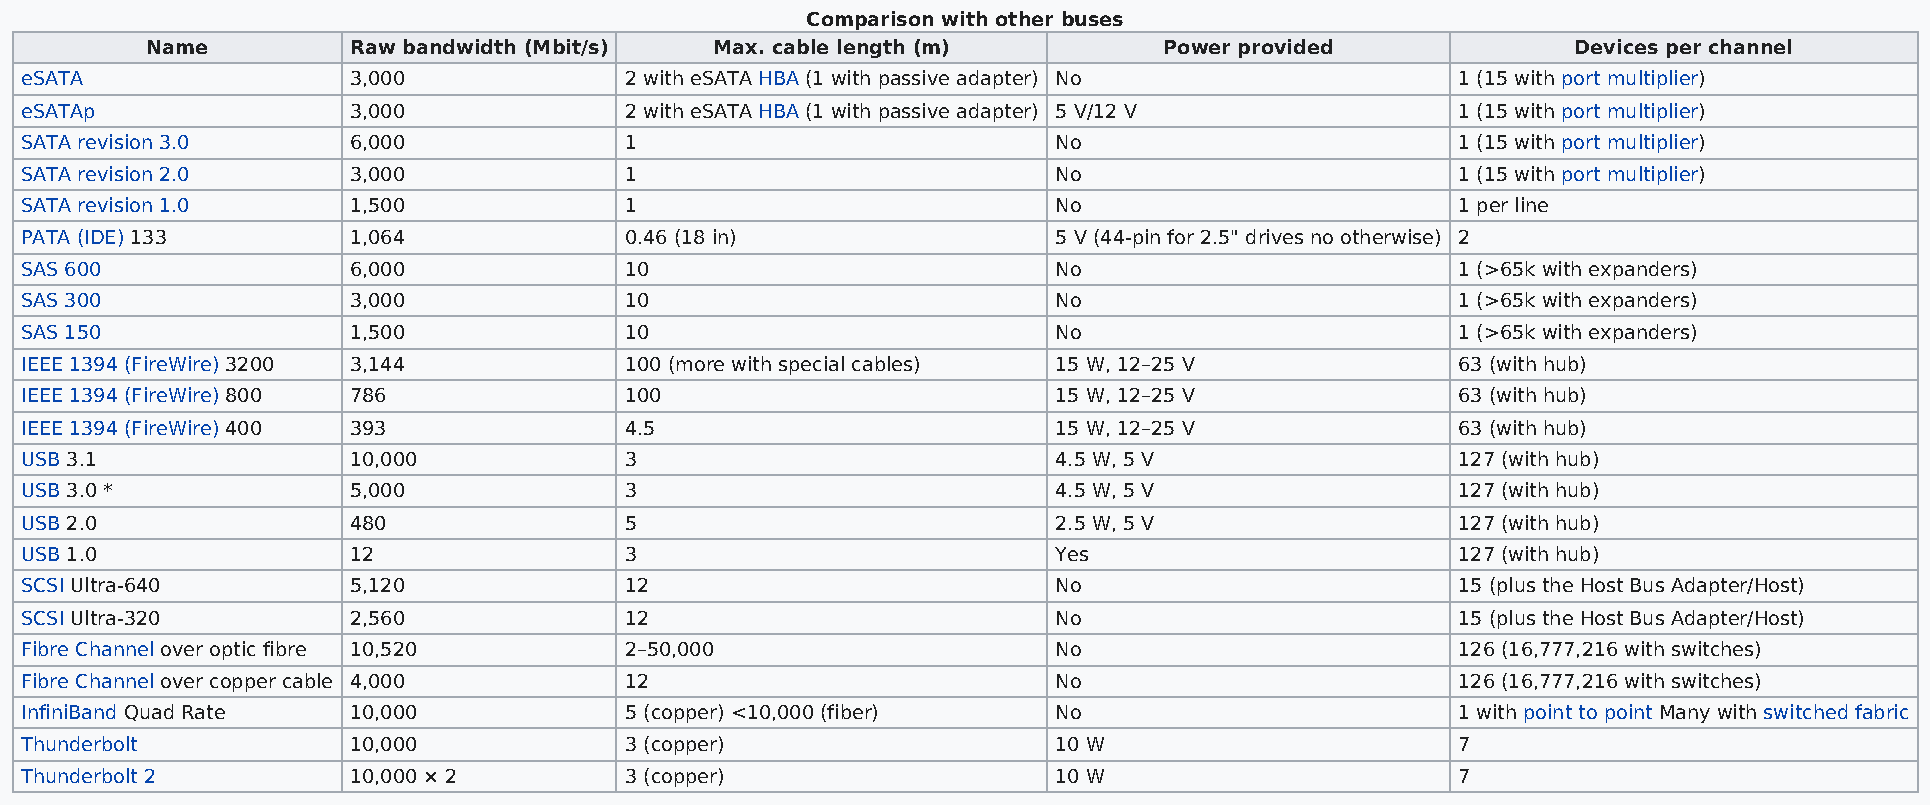
Comparison with other buses
 Name         Raw bandwidth (Mbit/s)  Max. cable length (m)         Power provided             Devices per channel
 eSATA                 3,000             2 with eSATA HBA (1 with passive adapter) No           1 (15 with port multiplier)
 eSATAp                3,000             2 with eSATA HBA (1 with passive adapter) 5 V/12 V     1 (15 with port multiplier)
 SATA revision 3.0     6,000             1                            No                        1 (15 with port multiplier)
 SATA revision 2.0     3,000             1                            No                        1 (15 with port multiplier)
 SATA revision 1.0     1,500             1                            No                        1 per line
 PATA (IDE) 133        1,064             0.46 (18 in)                 5 V (44-pin for 2.5" drives no otherwise) 2
 SAS 600               6,000             10                           No                        1 (>65k with expanders)
 SAS 300               3,000             10                           No                        1 (>65k with expanders)
 SAS 150               1,500             10                           No                        1 (>65k with expanders)
 IEEE 1394 (FireWire) 3200 3,144         100 (more with special cables) 15 W, 12–25 V           63 (with hub)
 IEEE 1394 (FireWire) 800 786            100                          15 W, 12–25 V             63 (with hub)
 IEEE 1394 (FireWire) 400 393            4.5                          15 W, 12–25 V             63 (with hub)
 USB 3.1               10,000            3                            4.5 W, 5 V                127 (with hub)
 USB 3.0 *             5,000             3                            4.5 W, 5 V                127 (with hub)
 USB 2.0               480               5                            2.5 W, 5 V                127 (with hub)
 USB 1.0               12                3                            Yes                       127 (with hub)
 SCSI Ultra-640        5,120             12                           No                        15 (plus the Host Bus Adapter/Host)
 SCSI Ultra-320        2,560             12                           No                        15 (plus the Host Bus Adapter/Host)
 Fibre Channel over optic fibre 10,520   2–50,000                     No                        126 (16,777,216 with switches)
 Fibre Channel over copper cable 4,000   12                           No                        126 (16,777,216 with switches)
 InfiniBand Quad Rate  10,000            5 (copper) <10,000 (fiber)   No                        1 with point to point Many with switched fabric
 Thunderbolt           10,000            3 (copper)                   10 W                      7
 Thunderbolt 2         10,000 × 2        3 (copper)                   10 W                      7